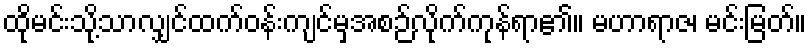
ထိုမင်းသို့သာလျှင်ထက်ဝန်းကျင်မှအစဉ်လိုက်ကုန်ရာ၏။ မဟာရာဇ၊ မင်းမြတ်။